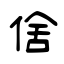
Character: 倽